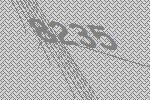
8235